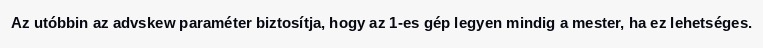
Az utóbbin az advskew paraméter biztosítja, hogy az 1-es gép legyen mindig a mester, ha ez lehetséges.